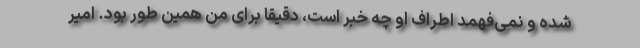
شده و نمی‌فهمد اطراف او چه خبر است، دقیقاً برای من همین طور بود. امیر